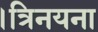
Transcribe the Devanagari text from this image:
।त्रिनयना